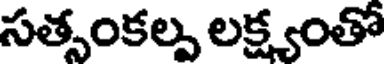
సత్సంకల్ప లక్ష్యంతో